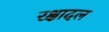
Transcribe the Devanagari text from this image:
रक्षादल